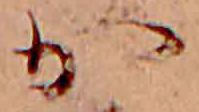
か